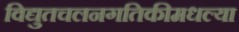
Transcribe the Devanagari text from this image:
विद्युतचलनगतिकीमधल्या